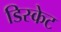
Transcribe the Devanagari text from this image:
डिस्केट